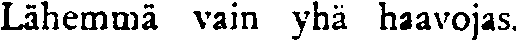
Lähemmä vain yhä haavojas.